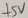
Text: +5V